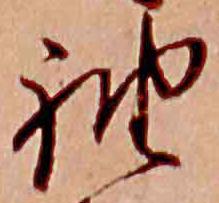
袖